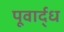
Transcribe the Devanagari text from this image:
पूवार्द्ध